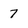
Character: 7